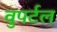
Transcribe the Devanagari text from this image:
वुपर्टल